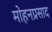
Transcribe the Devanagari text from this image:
मोहनप्रसाद